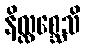
နိလ္လစ္ဆေသိ